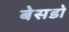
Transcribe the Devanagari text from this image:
बेसडो